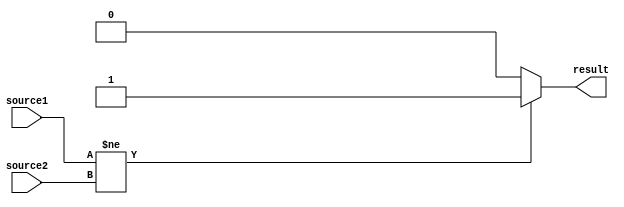
`timescale 1ns / 1ps
//////////////////////////////////////////////////////////////////////////////////
// Company: 
// Engineer: 
// 
// Design Name: 
// Module Name: comparator
// Project Name: 
// Target Devices: 
// Tool Versions: 
// Description: 
// 
// Dependencies: 
// 
// Revision:
// Revision 0.01 - File Created
// Additional Comments:
// 
//////////////////////////////////////////////////////////////////////////////////


module comparatorEquall #(parameter size=8)(
    input[size-1:0] source1,
    input[size-1:0] source2,
    output reg result
    );
    
    always@(*)
    begin
    if (source1!=source2) result = 1'b1;
    else result =1'b0;
    end 
endmodule